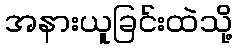
အနားယူခြင်းထဲသို့